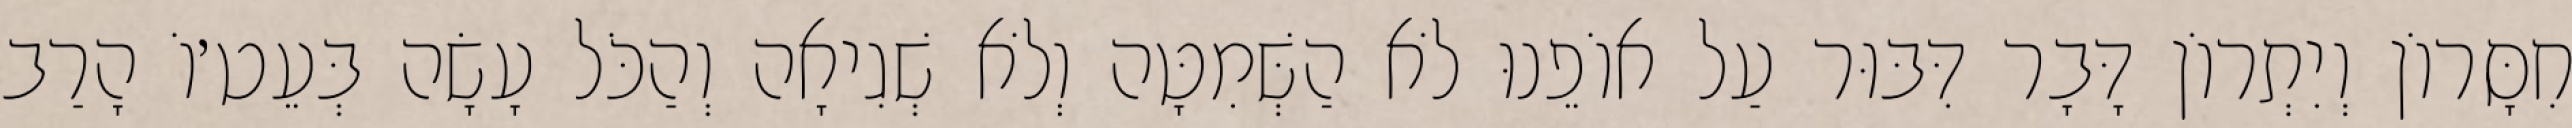
חִסָּרוֹן וְיִתְרוֹן דָּבָר דִּבּוּר עַל אוֹפֵנוּ לֹא הַשְּׁמִטָּה וְלֹא שְׁגִיאָה וְהַכֹּל עָשָׂה בְּעֵט׳וֹ הָרַב